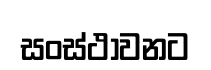
සංස්ථාවනට